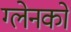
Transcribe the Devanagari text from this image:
ग्लेनको